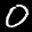
Label: 0